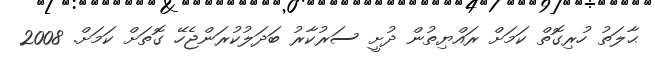
ޙާލަތު ހުރިގޮތް ކަމަށް ރައްޔިތުން ދުށީ ސަރުކާރު ބަދަލުކުރަންޖެހޭ ގޮތަށް ކަމަށް. 2008